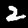
Label: 2